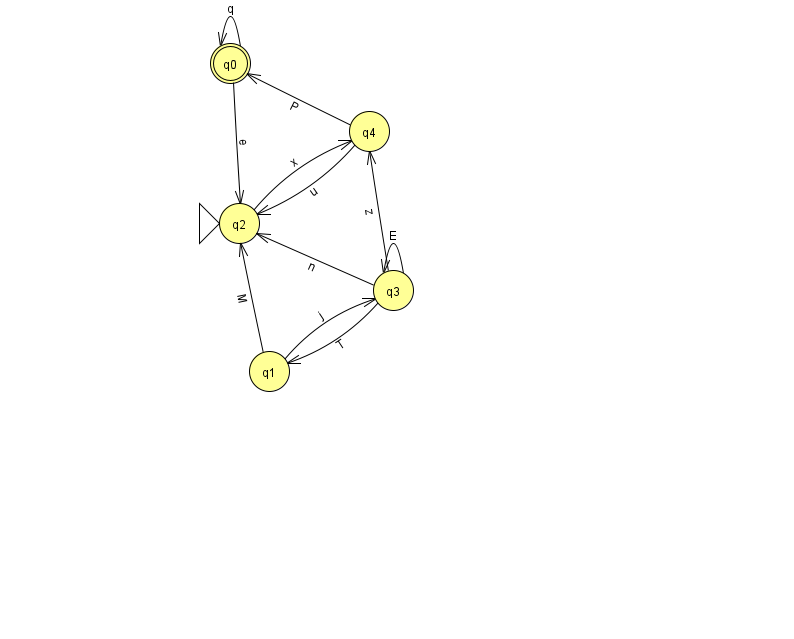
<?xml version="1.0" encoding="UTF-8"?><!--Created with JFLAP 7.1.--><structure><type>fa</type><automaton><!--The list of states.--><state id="0" name="q0"><x>230.0</x><y>50.0</y><final/></state><state id="1" name="q1"><x>269.0</x><y>358.0</y></state><state id="2" name="q2"><x>239.0</x><y>210.0</y><initial/></state><state id="3" name="q3"><x>393.0</x><y>277.0</y></state><state id="4" name="q4"><x>369.0</x><y>118.0</y></state><!--The list of transitions.--><transition><from>1</from><to>2</to><read>M</read></transition><transition><from>4</from><to>2</to><read>u</read></transition><transition><from>0</from><to>0</to><read>q</read></transition><transition><from>0</from><to>2</to><read>e</read></transition><transition><from>4</from><to>0</to><read>P</read></transition><transition><from>1</from><to>3</to><read>j</read></transition><transition><from>3</from><to>3</to><read>E</read></transition><transition><from>3</from><to>1</to><read>T</read></transition><transition><from>3</from><to>4</to><read>z</read></transition><transition><from>2</from><to>4</to><read>x</read></transition><transition><from>3</from><to>2</to><read>n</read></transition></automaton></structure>